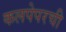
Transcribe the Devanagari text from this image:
कलपेपरची